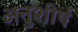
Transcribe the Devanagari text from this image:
अनुशीर्ष